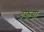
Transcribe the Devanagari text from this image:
दफया